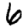
Digit: 6